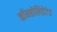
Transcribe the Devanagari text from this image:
कॉन्सोलिडेटेड